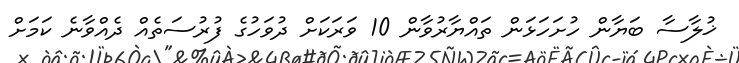
ޚުލާސާ ބަޔާން ހުށަހަޅަން ތައްޔާރުވާން 10 ވަރަކަށް ދުވަހުގެ ފުރުސަތެއް ދެއްވާނެ ކަމަށް